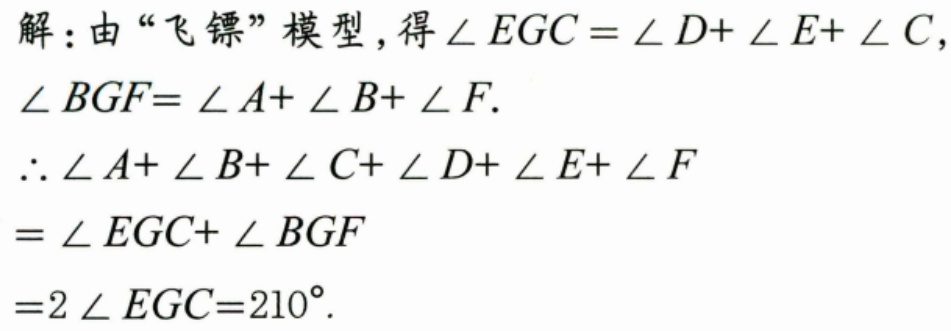
解：由“飞镖”模型，得\(\angle EGC = \angle D + \angle E+\angle C\)，
\(\angle BGF=\angle A+\angle B+\angle F\).
\(\therefore \angle A+\angle B+\angle C+\angle D+\angle E+\angle F\)
\(=\angle EGC+\angle BGF\)
\(=2\angle EGC = 210^{\circ}\).